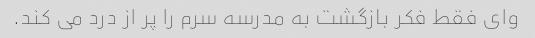
وای فقط فکر بازگشت به مدرسه سرم را پر از درد می کند.